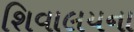
શિવાલયના